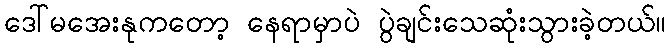
ဒေါ်မအေးနုကတော့ နေရာမှာပဲ ပွဲချင်းသေဆုံးသွားခဲ့တယ်။